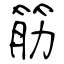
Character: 筋